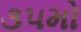
૩૫મો